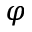
\varphi